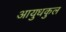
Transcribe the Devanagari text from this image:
आयुधकुल